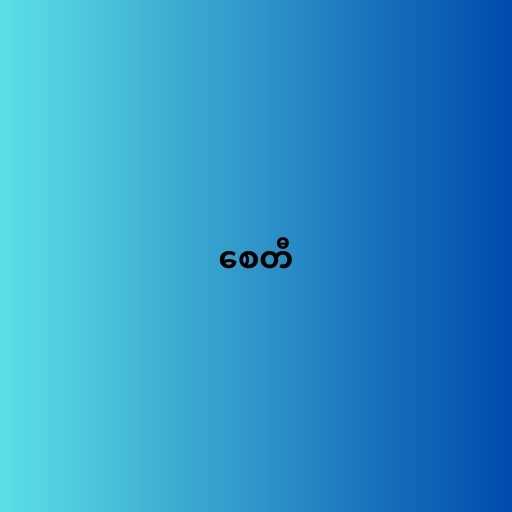
စေတီ